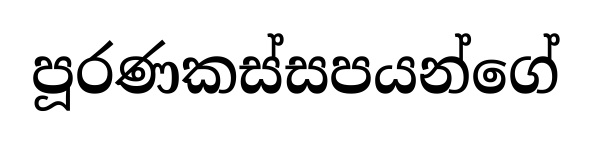
පූරණකස්සපයන්ගේ